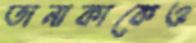
তানাকাকেও